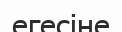
егесіне